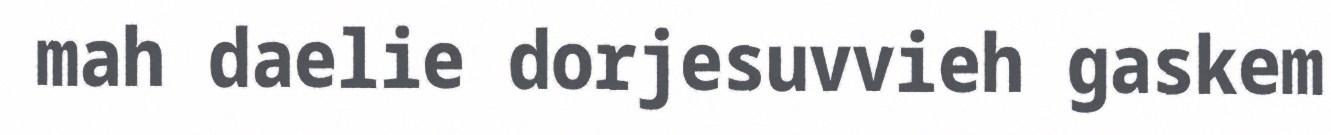
mah daelie dorjesuvvieh gaskem